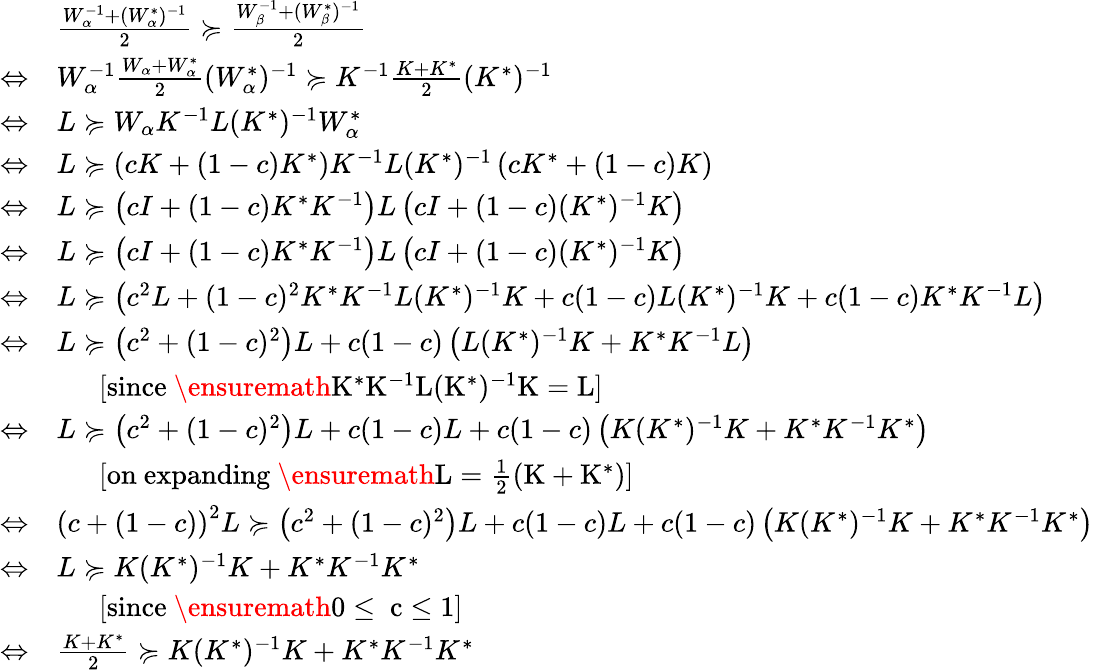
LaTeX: \begin{array}{rl}&{\frac{W_{\alpha}^{-1}+(W_{\alpha}^{*})^{-1}}{2}\succcurlyeq\frac{W_{\beta}^{-1}+(W_{\beta}^{*})^{-1}}{2}}\\ {\Leftrightarrow}&{W_{\alpha}^{-1}\frac{W_{\alpha}+W_{\alpha}^{*}}{2}(W_{\alpha}^{*})^{-1}\succcurlyeq K^{-1}\frac{K+K^{*}}{2}(K^{*})^{-1}}\\ {\Leftrightarrow}&{L\succcurlyeq W_{\alpha}K^{-1}L(K^{*})^{-1}W_{\alpha}^{*}}\\ {\Leftrightarrow}&{L\succcurlyeq\left(cK+(1-c)K^{*}\right)K^{-1}L(K^{*})^{-1}\left(cK^{*}+(1-c)K\right)}\\ {\Leftrightarrow}&{L\succcurlyeq\left(cI+(1-c)K^{*}K^{-1}\right)L\left(cI+(1-c)(K^{*})^{-1}K\right)}\\ {\Leftrightarrow}&{L\succcurlyeq\left(cI+(1-c)K^{*}K^{-1}\right)L\left(cI+(1-c)(K^{*})^{-1}K\right)}\\ {\Leftrightarrow}&{L\succcurlyeq\left(c^{2}L+(1-c)^{2}K^{*}K^{-1}L(K^{*})^{-1}K+c(1-c)L(K^{*})^{-1}K+c(1-c)K^{*}K^{-1}L\right)}\\ {\Leftrightarrow}&{L\succcurlyeq\left(c^{2}+(1-c)^{2}\right)L+c(1-c)\left(L(K^{*})^{-1}K+K^{*}K^{-1}L\right)}\\ &{\ \ \ \ \ \ \mathrm{[since~\ensuremath{K^{*}K^{-1}L(K^{*})^{-1}K=L}]}}\\ {\Leftrightarrow}&{L\succcurlyeq\left(c^{2}+(1-c)^{2}\right)L+c(1-c)L+c(1-c)\left(K(K^{*})^{-1}K+K^{*}K^{-1}K^{*}\right)}\\ &{\ \ \ \ \ \ \mathrm{[on~expanding~\ensuremath{L=\frac{1}{2}(K+K^{*})}]}}\\ {\Leftrightarrow}&{\left(c+(1-c)\right)^{2}L\succcurlyeq\left(c^{2}+(1-c)^{2}\right)L+c(1-c)L+c(1-c)\left(K(K^{*})^{-1}K+K^{*}K^{-1}K^{*}\right)}\\ {\Leftrightarrow}&{L\succcurlyeq K(K^{*})^{-1}K+K^{*}K^{-1}K^{*}}\\ &{\ \ \ \ \ \ \mathrm{[since~\ensuremath{0\leq~c\leq 1}]}}\\ {\Leftrightarrow}&{\frac{K+K^{*}}{2}\succcurlyeq K(K^{*})^{-1}K+K^{*}K^{-1}K^{*}}\end{array}